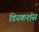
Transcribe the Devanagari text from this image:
डिस्कशंस